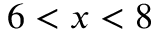
6 < x < 8